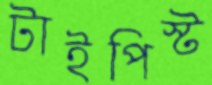
টাইপিস্ট